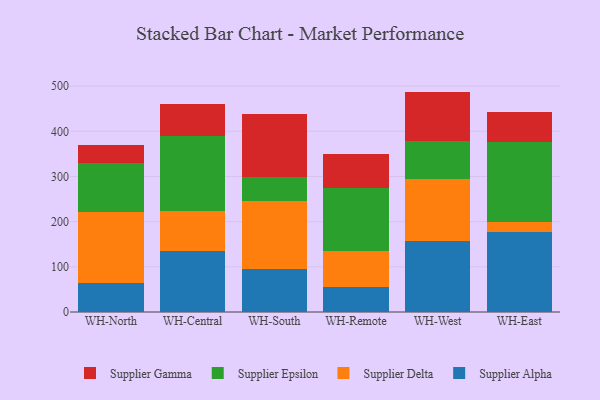
{"axis": {"x": "Warehouse", "y": "Inventory Turnover"}, "legend": ["Supplier Alpha", "Supplier Delta", "Supplier Epsilon", "Supplier Gamma"], "data": [{"x": "WH-North", "y": 64.6, "type": "Supplier Alpha"}, {"x": "WH-North", "y": 157.5, "type": "Supplier Delta"}, {"x": "WH-North", "y": 108.1, "type": "Supplier Epsilon"}, {"x": "WH-North", "y": 40.3, "type": "Supplier Gamma"}, {"x": "WH-Central", "y": 135.5, "type": "Supplier Alpha"}, {"x": "WH-Central", "y": 88.0, "type": "Supplier Delta"}, {"x": "WH-Central", "y": 166.4, "type": "Supplier Epsilon"}, {"x": "WH-Central", "y": 70.2, "type": "Supplier Gamma"}, {"x": "WH-South", "y": 95.7, "type": "Supplier Alpha"}, {"x": "WH-South", "y": 150.6, "type": "Supplier Delta"}, {"x": "WH-South", "y": 53.2, "type": "Supplier Epsilon"}, {"x": "WH-South", "y": 138.3, "type": "Supplier Gamma"}, {"x": "WH-Remote", "y": 55.7, "type": "Supplier Alpha"}, {"x": "WH-Remote", "y": 80.3, "type": "Supplier Delta"}, {"x": "WH-Remote", "y": 139.2, "type": "Supplier Epsilon"}, {"x": "WH-Remote", "y": 74.7, "type": "Supplier Gamma"}, {"x": "WH-West", "y": 156.8, "type": "Supplier Alpha"}, {"x": "WH-West", "y": 136.6, "type": "Supplier Delta"}, {"x": "WH-West", "y": 85.7, "type": "Supplier Epsilon"}, {"x": "WH-West", "y": 108.8, "type": "Supplier Gamma"}, {"x": "WH-East", "y": 178.0, "type": "Supplier Alpha"}, {"x": "WH-East", "y": 22.1, "type": "Supplier Delta"}, {"x": "WH-East", "y": 176.0, "type": "Supplier Epsilon"}, {"x": "WH-East", "y": 67.1, "type": "Supplier Gamma"}]}